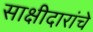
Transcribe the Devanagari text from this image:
साक्षीदारांचे